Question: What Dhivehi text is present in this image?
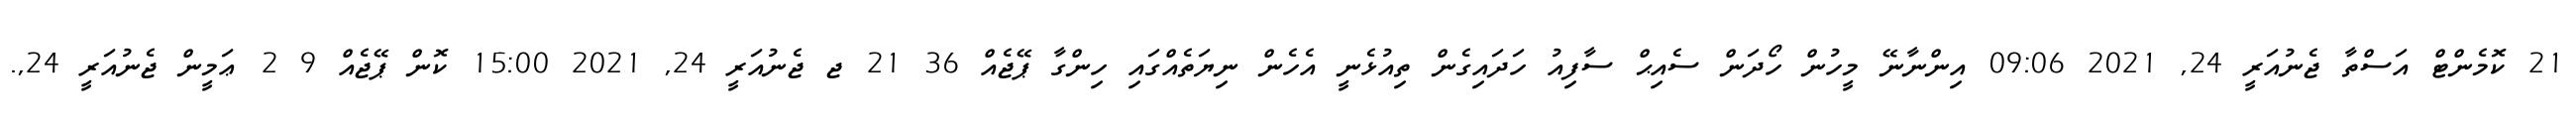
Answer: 21 ކޮމެންޓް އަސްތާ ޖެނުއަރީ 24, 2021 09:06 އިންނާނޭ މީހުން ހޯދަން ސެއިޙް ސާފިއު ހަދައިގެން ތިއުޅެނީ އެހެން ނިޔަތެއްގައި ހިންގާ ޕޭޖެއް 36 21 ޖ ޖެނުއަރީ 24, 2021 15:00 ކޮން ޕޭޖެއް 9 2 ޢަމީން ޖެނުއަރީ 24,.